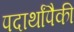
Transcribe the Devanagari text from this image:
पदार्थांपैकी